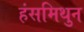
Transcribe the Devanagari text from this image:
हंसमिथुन